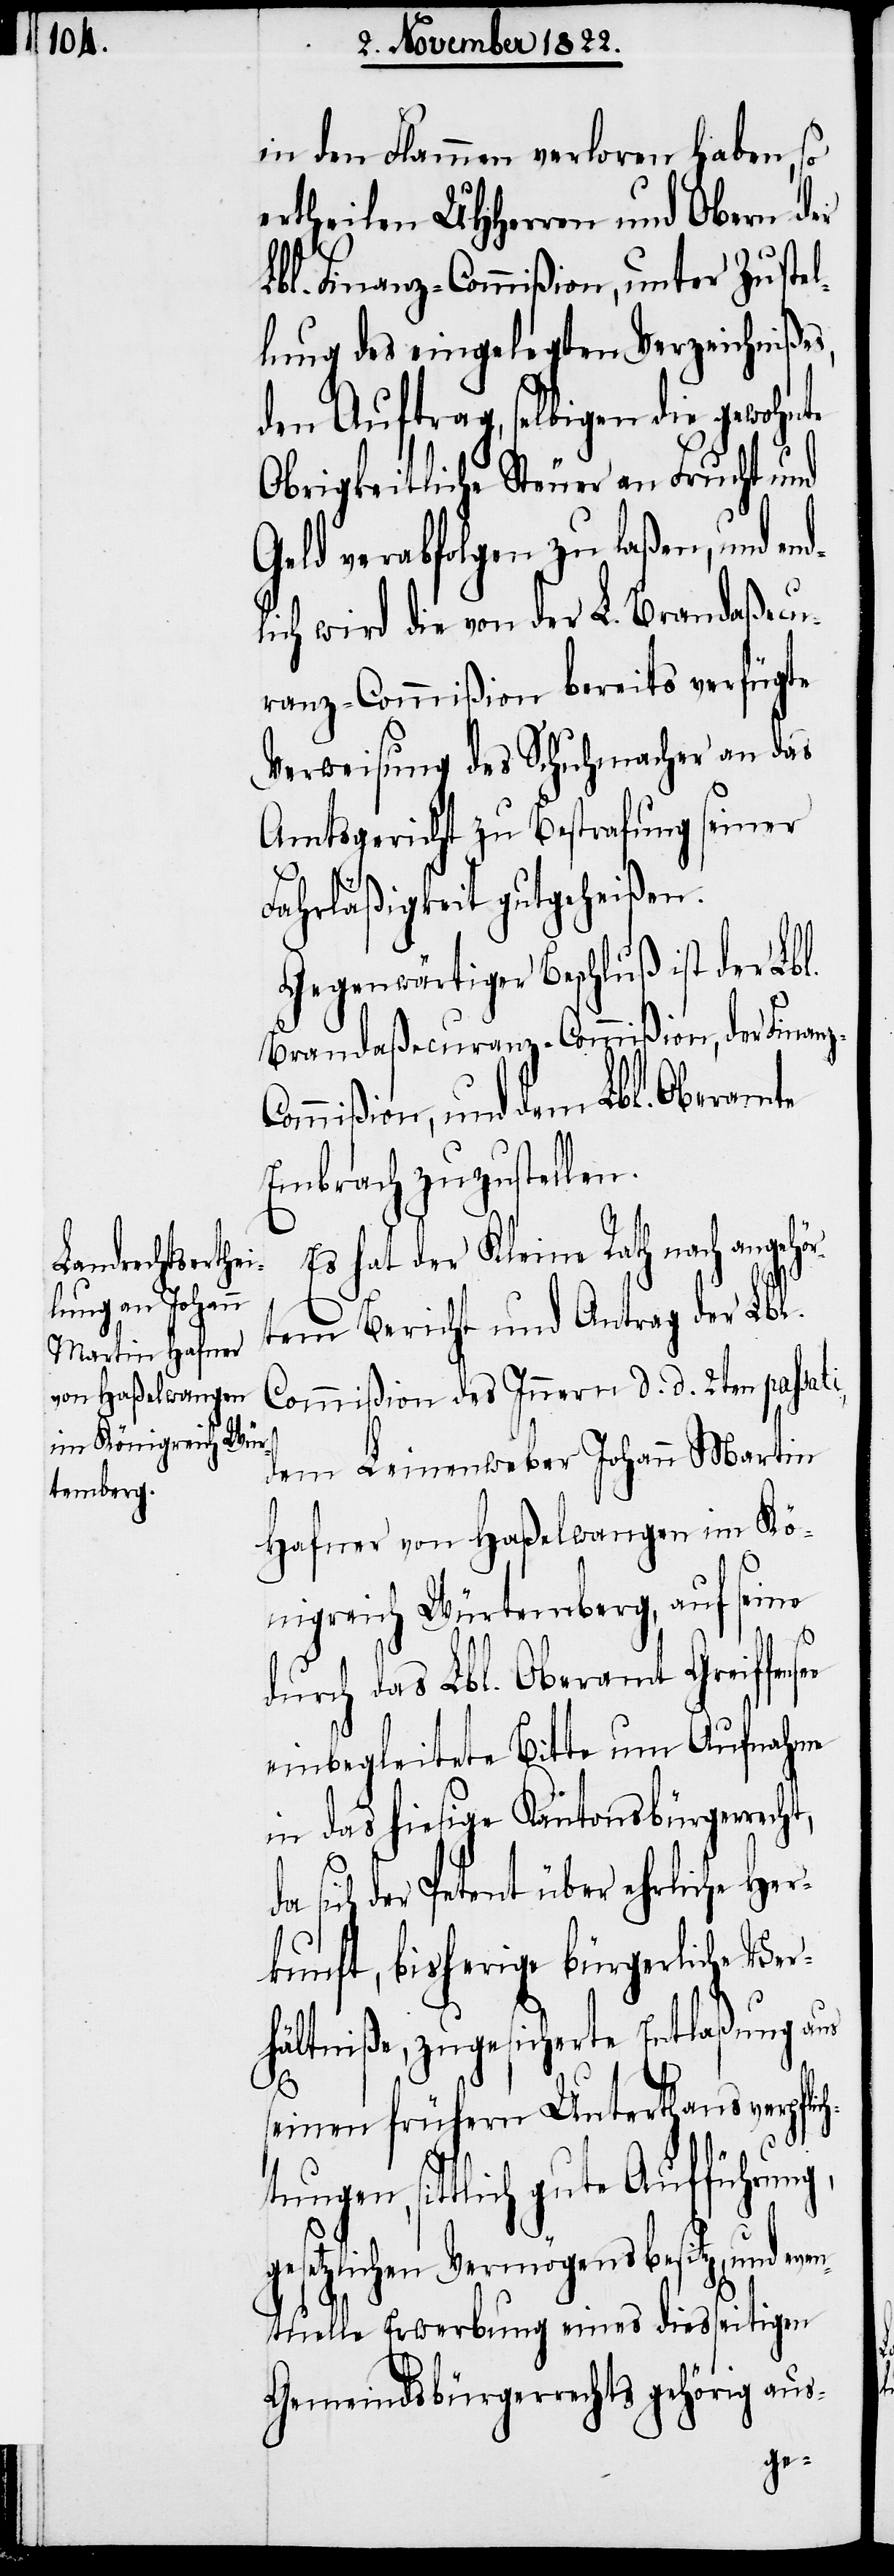
in den Flammen verloren haben, so
ertheilen UHHerren und Obern der
Lbl. Finanz-Commißion, unter Zustel¬
lung des eingelegten Verzeichnißes,
den Auftrag, selbigen die gewohnte
Obrigkeitliche Steuer an Frucht und
Geld verabfolgen zu laßen, und end¬
lich wird die von der L. Brandaßecu¬
ranz-Commißion bereits verfügte
Verweisung des Schuhmacher an das
Amtsgericht zu Bestrafung seiner
Fahrläßigkeit gutgeheißen.
Gegenwärtiger Beschluß ist der Lbl.
Brandaßecuranz-Commißion, der Finanz-C¬
ommißion, und dem Lbl. Oberamte
Embrach zuzustellen.
Es hat der Kleine Rath nach angehö¬
rtem Bericht und Antrag der Lbl.
Commißion des Innern d. d. 2ten passati,
dem Leinenweber Johann Martin
Hafner von Haßelwangen im Kö¬
g,
nigreich Würtemberg, auf seine
durch das Lbl. Oberamt Greiffens¬
einbegleitete Bitte um Aufnahme
in das hiesige Kantonsbürgerrecht,
der Petent über ehrliche Her¬
kunft, bisherige bürgerliche Ver¬
hältniße, zugesicherte Entlaßung aus
seinen frühern Unterthansverpfli¬
ngen, sittlich gute Aufführun¬
setzlichen Vermögensbesitz, und ev¬
entuelle Erwerbung eines diesseitigen
Gemeindsbürgerrechts gehörig aus-
ge¬